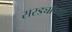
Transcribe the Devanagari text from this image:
सरड्यांच्या